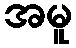
အမူ